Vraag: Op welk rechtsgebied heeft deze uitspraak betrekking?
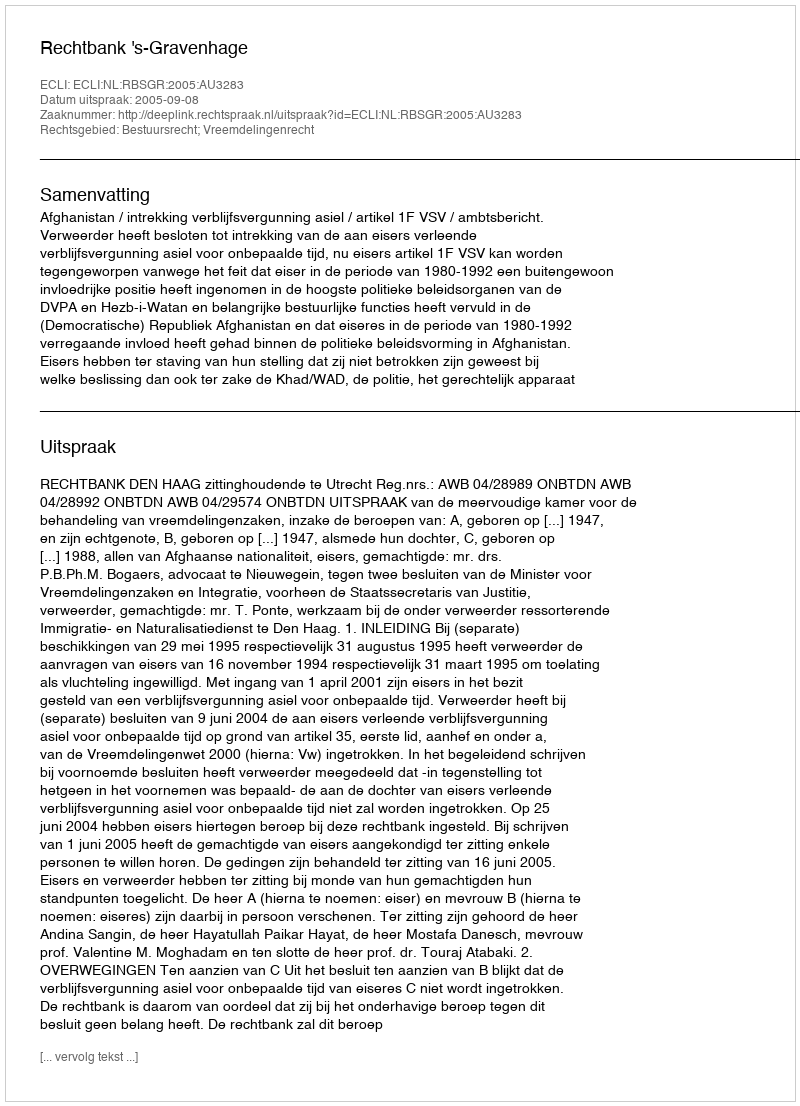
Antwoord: Bestuursrecht; Vreemdelingenrecht